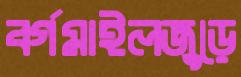
বর্গমাইলজুড়ে